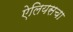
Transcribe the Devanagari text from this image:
ऐलियसचा